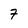
Character: 7